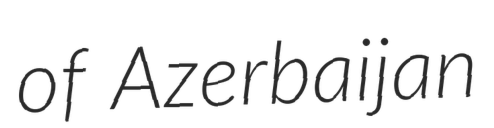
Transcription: of Azerbaijan